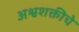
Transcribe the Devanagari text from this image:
अश्वशक्तीचे